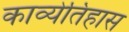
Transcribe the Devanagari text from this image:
काव्येतिहास